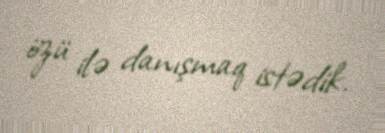
özü ilə danışmaq istədik.